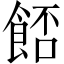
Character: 𩛷